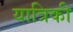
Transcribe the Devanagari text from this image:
यात्रिकी